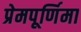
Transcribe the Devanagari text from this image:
प्रेमपूर्णिमा